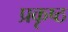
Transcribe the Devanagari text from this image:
प्रकृष्ठ